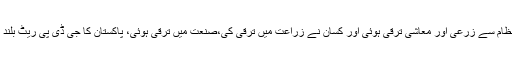
یاد رہے ایوب خان کے دورحکومت میں دیگر وجوہات کے علاوہ، ہمارے آبی نظام سے زرعی اور معاشی ترقی ہوئی اور کسان نے زراعت میں ترقی کی،صنعت میں ترقی ہوئی، پاکستان کا جی ڈی پی ریٹ بلند ہوا اور اس خوشحالی کے نتیجہ میں پاکستان بھی امداد دینے والوں میں شامل ہوا۔